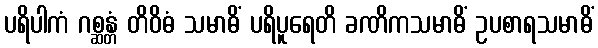
ပရိပါကံ ဂစ္ဆန္တံ တိဝိဓံ သမာဓိံ ပရိပူရေတိ ခဏိကသမာဓိံ ဥပစာရသမာဓိံ